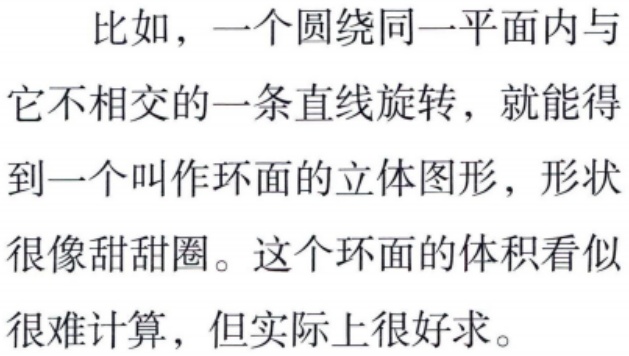
比如，一个圆绕同一平面内与它不相交的一条直线旋转，就能得到一个叫作环面的立体图形，形状很像甜甜圈。这个环面的体积看似很难计算，但实际上很好求。